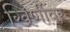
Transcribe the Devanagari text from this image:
खिर्णीवर